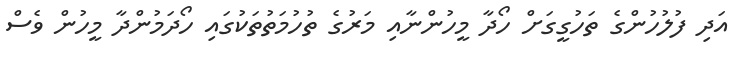
އަދި ފުލުހުންގެ ތަހުގީގަށް ހޯދާ މީހުންނާއި މަރުގެ ތުހުމަތުތަކުގައި ހޯދަމުންދާ މީހުން ވެސް